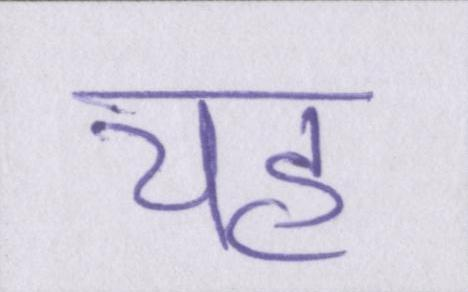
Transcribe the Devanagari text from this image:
यह्